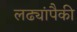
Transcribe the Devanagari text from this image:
लढ्यांपैकी